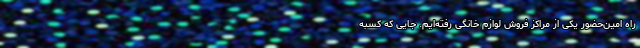
راه امین‌حضور یکی از مراکز فروش لوازم خانگی‌ رفته‌ایم. جایی که کسبه